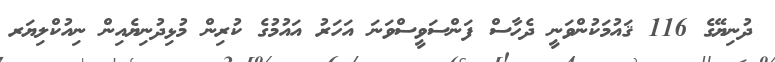
ދުނިޔޭގެ 116 ޤައުމަކުންވަނީ ދެހާސް ފަންސަވީސްވަނަ އަހަރު އައުމުގެ ކުރިން މުޅިދުނިޔެއިން ނިއުކްލިޔަރ